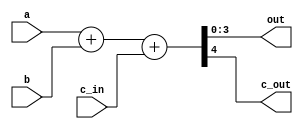
`timescale 1ns / 1ps

module sum_4b(

    input c_in,
    input [3:0] a,
    input [3:0] b,
    output wire [3:0] out,
    output wire c_out
    );
    
    assign {c_out,out} = a + b + c_in;
    
endmodule